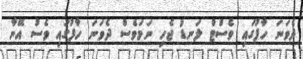
ދެވަނަ ހާފުގައި ވެސްޓް ލަނޑު ޖެހި ނަމަވެސް ދެވަނަ ހާފުގައި ވެސް އޭނާ